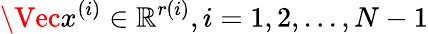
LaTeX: \Vec{x}^{(i)}\in\mathbb{R}^{r(i)},i=1,2,...,N-1